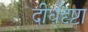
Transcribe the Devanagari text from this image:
दीर्घदृष्टा